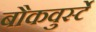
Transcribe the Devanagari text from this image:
बौकवुर्स्टे